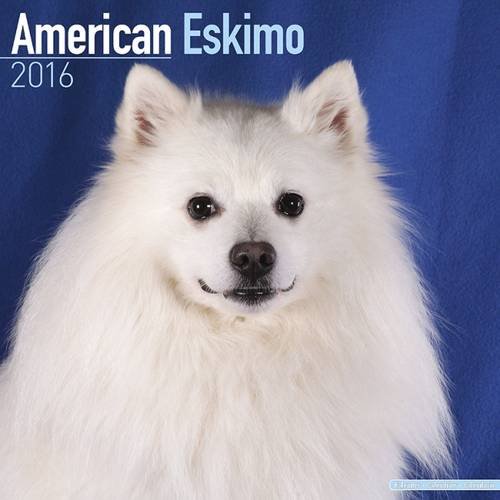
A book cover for American Eskimo Dog Calendar - Breed Specific American Eskimos Calendar - 2016 Wall calendars - Dog Calendars - Monthly Wall Calendar by Avonside; MegaCalendars; Calendars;